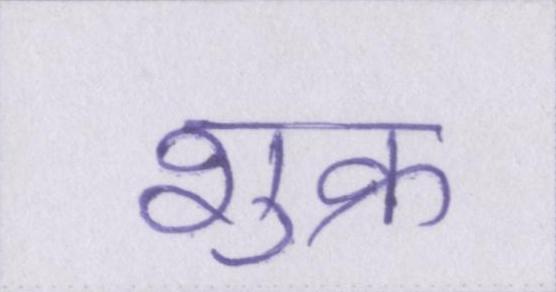
शुक्र